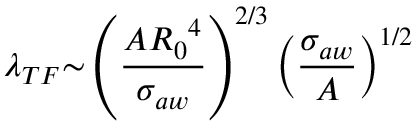
{ \lambda } _ { T F } { \sim } \left( \frac { A { R _ { 0 } } ^ { 4 } } { { \sigma } _ { a w } } \right) ^ { 2 / 3 } \left( \frac { { \sigma } _ { a w } } { A } \right) ^ { 1 / 2 }